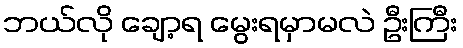
ဘယ်လို ချော့ရ မွေးရမှာမလဲ ဦးကြီး